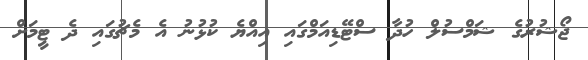
ޖޯޝުރުގެ ޝަމްސުލް ހުދާ ސްޓޭޑިއަމްގައި އިއްޔެ ކުޅުނު އެ މެޗުގައި ދެ ޓީމަށް